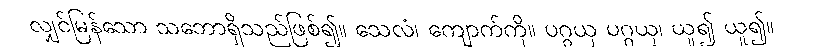
လျှင်မြန်သော သဘောရှိသည်ဖြစ်၍။ သေလံ၊ ကျောက်ကို။ ပဂ္ဂယှ ပဂ္ဂယှ၊ ယူ၍ ယူ၍။